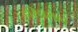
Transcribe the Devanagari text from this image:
हरिदासाचे